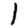
Digit: 1